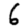
Digit: 6